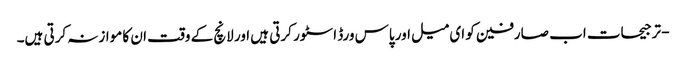
- ترجیحات اب صارفین کو ای میل اور پاس ورڈ اسٹور کرتی ہیں اور لانچ کے وقت ان کا موازنہ کرتی ہیں۔